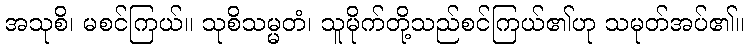
အသုစိ၊ မစင်ကြယ်။ သုစိသမ္မတံ၊ သူမိုက်တို့သည်စင်ကြယ်၏ဟု သမုတ်အပ်၏။